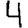
Digit: 4